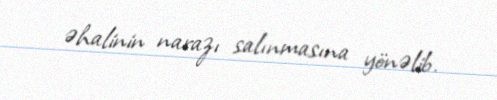
əhalinin narazı salınmasına yönəlib.